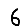
Digit: 6